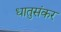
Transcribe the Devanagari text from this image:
धातुसंकर